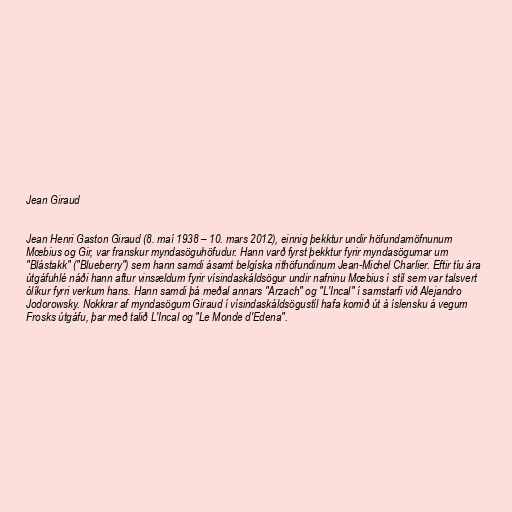
Jean Giraud

Jean Henri Gaston Giraud (8. maí 1938 – 10. mars 2012), einnig þekktur undir höfundarnöfnunum
Mœbius og Gir, var franskur myndasöguhöfudur. Hann varð fyrst þekktur fyrir myndasögurnar um
"Blástakk" ("Blueberry") sem hann samdi ásamt belgíska rithöfundinum Jean-Michel Charlier. Eftir tíu ára
útgáfuhlé náði hann aftur vinsældum fyrir vísindaskáldsögur undir nafninu Mœbius í stíl sem var talsvert
ólíkur fyrri verkum hans. Hann samdi þá meðal annars "Arzach" og "L'Incal" í samstarfi við Alejandro
Jodorowsky. Nokkrar af myndasögum Giraud í vísindaskáldsögustíl hafa komið út á íslensku á vegum
Frosks útgáfu, þar með talið L'Incal og "Le Monde d'Edena".